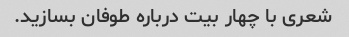
شعری با چهار بیت درباره طوفان بسازید.